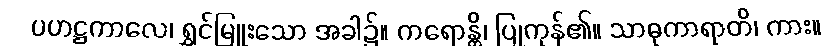
ပဟဋ္ဌကာလေ၊ ရွှင်မြူးသော အခါ၌။ ကရောန္တိ၊ ပြုကုန်၏။ သာဓုကာရာတိ၊ ကား။